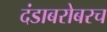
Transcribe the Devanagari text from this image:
दंडाबरोबरच